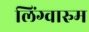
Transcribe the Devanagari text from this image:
लिंग्वारुम